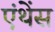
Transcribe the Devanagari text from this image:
एंथेंस